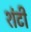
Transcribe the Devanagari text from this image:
शंटी